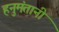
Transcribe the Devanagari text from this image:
हनुमंतानी